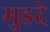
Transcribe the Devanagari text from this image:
मुडदे